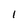
Character: 1